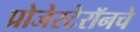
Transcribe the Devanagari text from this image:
प्रोजेस्टेरॉनचे